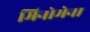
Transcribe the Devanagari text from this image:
मिनोमेना